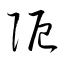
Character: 阨